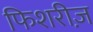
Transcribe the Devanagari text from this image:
फिशरीज़